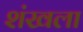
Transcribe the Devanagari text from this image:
शंखला